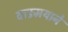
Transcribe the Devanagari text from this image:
वाङमयाने